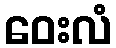
ဝေးလံ